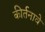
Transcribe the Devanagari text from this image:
कीर्तनावे